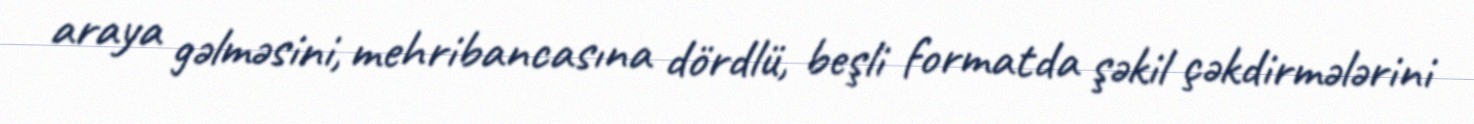
araya gəlməsini, mehribancasına dördlü, beşli formatda şəkil çəkdirmələrini